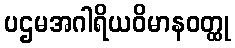
ပဌမအဂါရိယဝိမာနဝတ္ထု